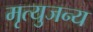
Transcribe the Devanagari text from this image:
मृत्युजन्य